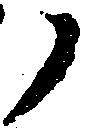
ノ